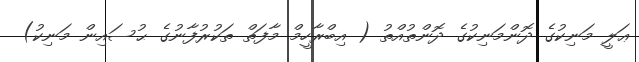
ޢަލީ މަނިކުގެ ދޮންމަނިކުގެ ދޮންތުއްތު ( އިބްރާހީމް މާފަތް ތަކުރުފާނުގެ ޙުސައިން މަނިކު)